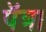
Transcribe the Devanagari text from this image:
पॅत्रा